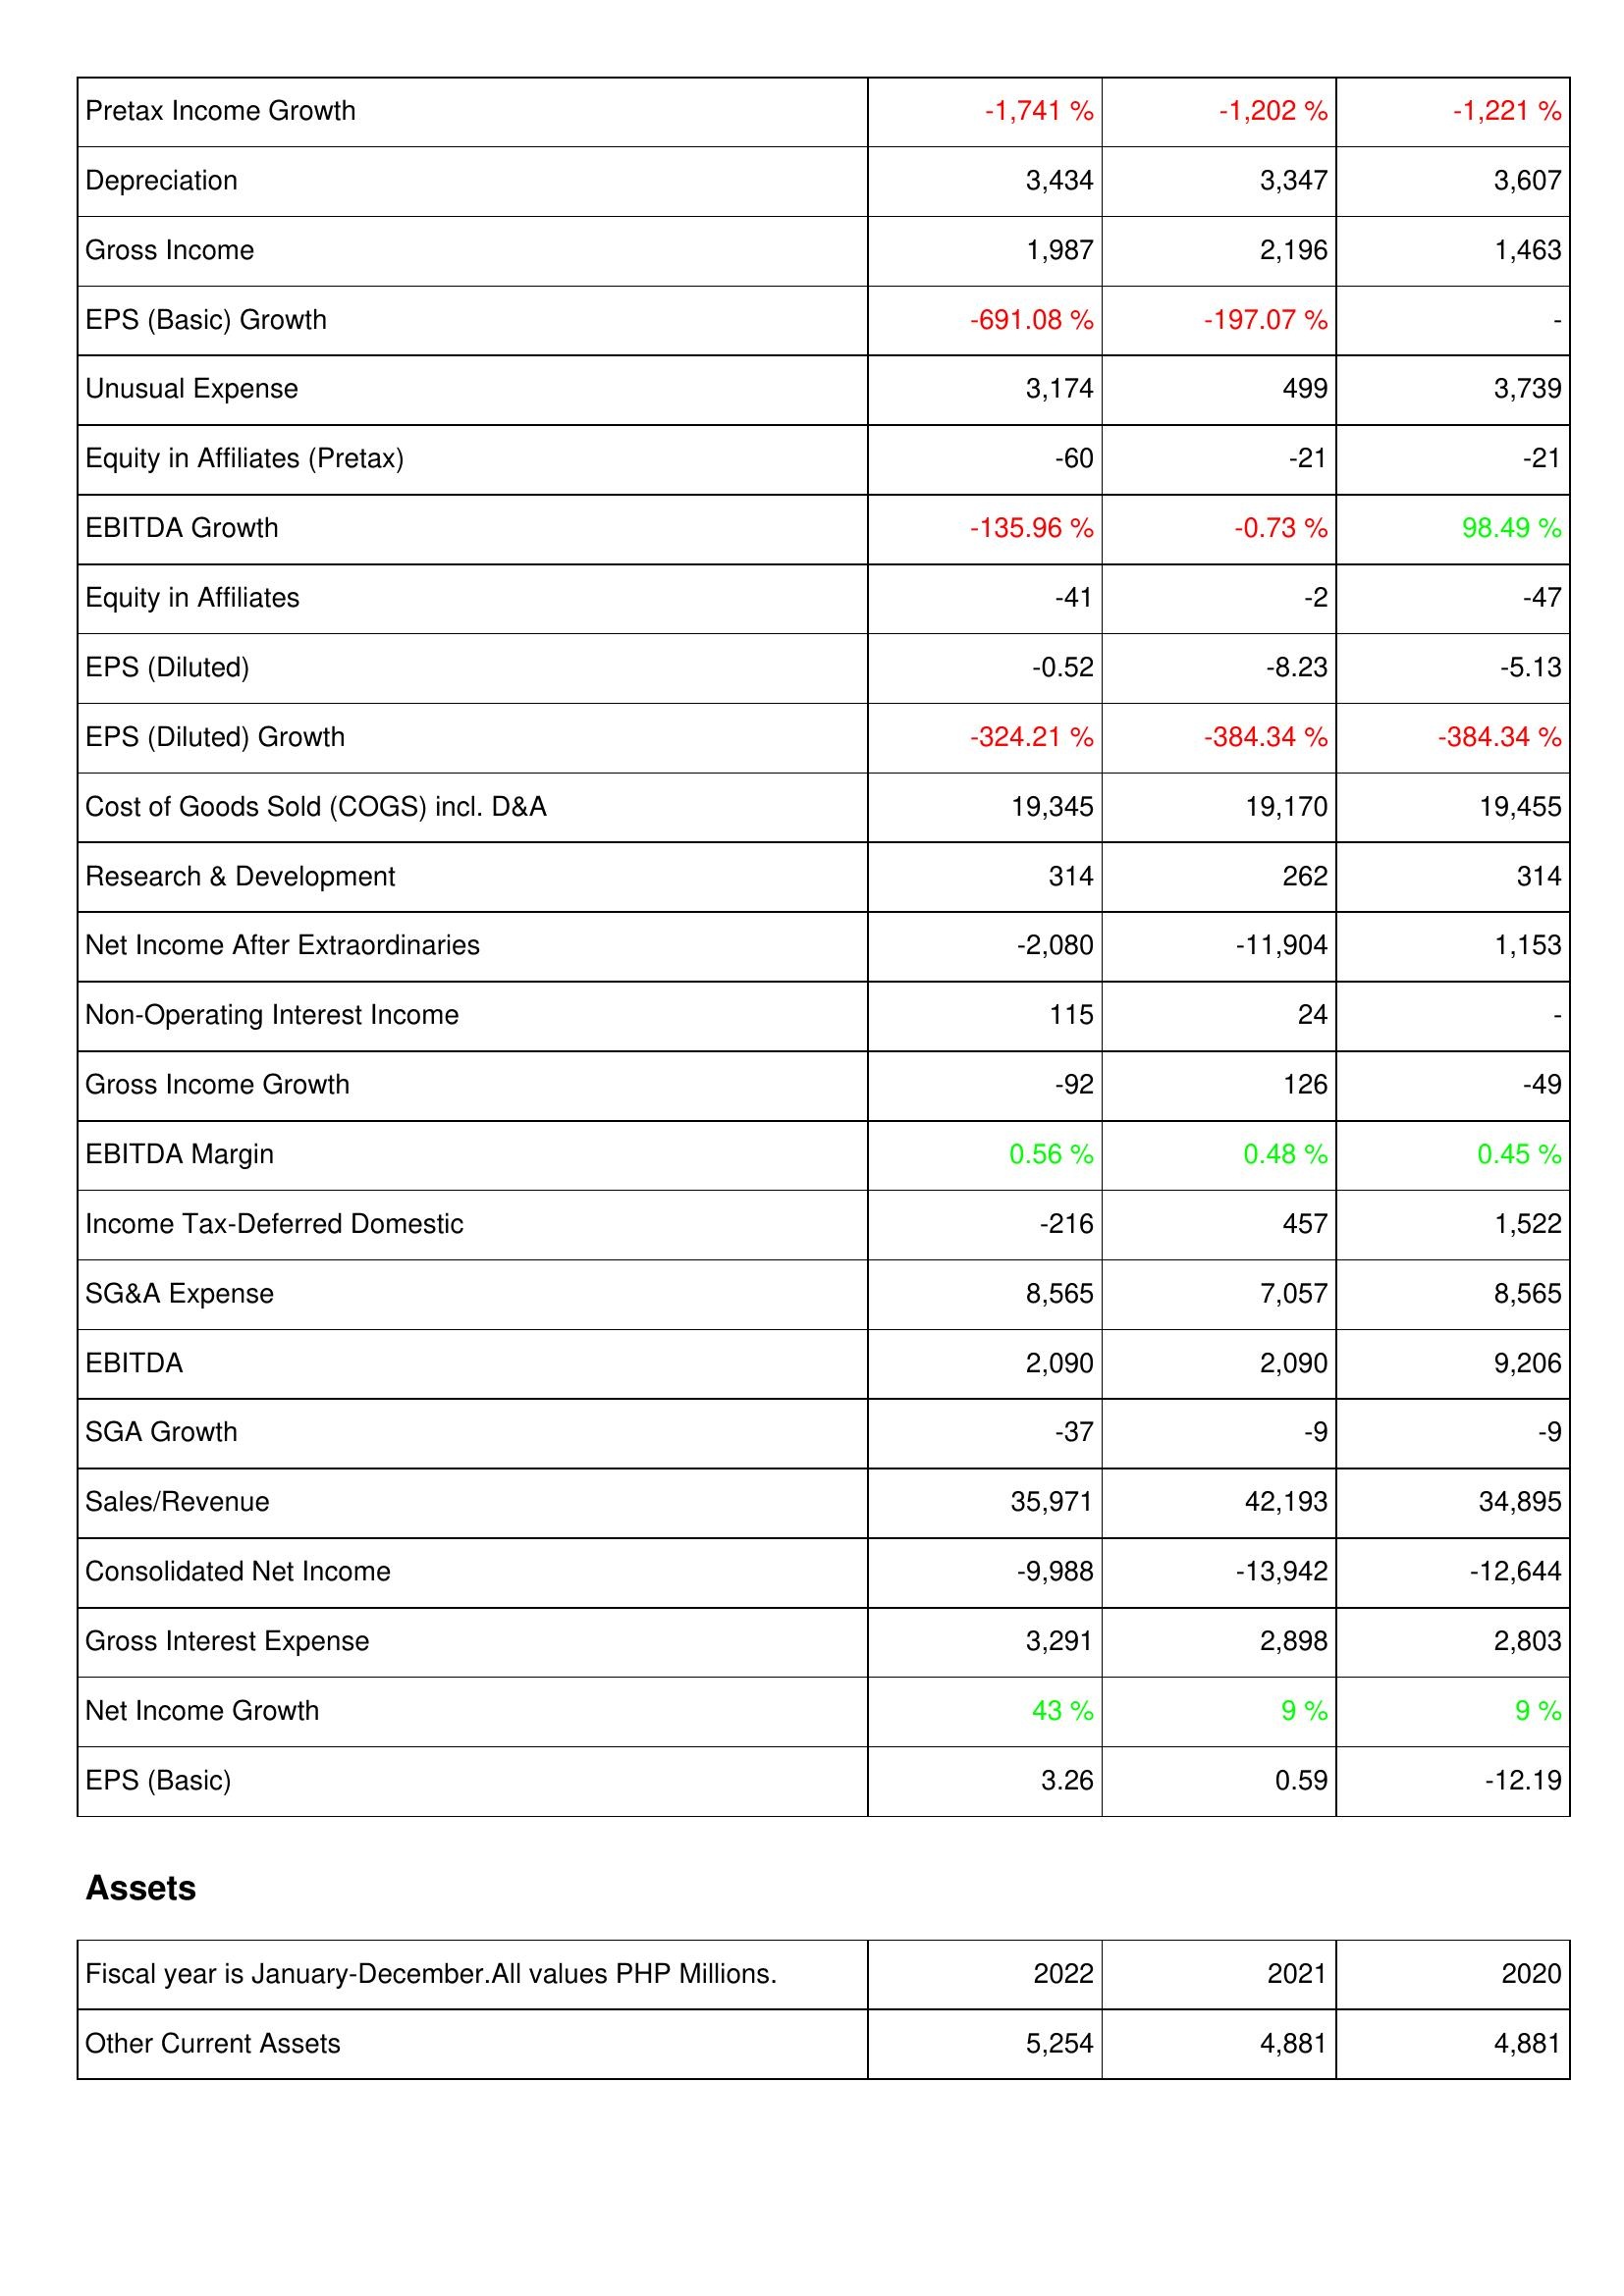
2022: Income Statement: Pretax Income Growth: -1,741 %
Depreciation: 3,434
Gross Income: 1,987
EPS (Basic) Growth: -691.08 %
Unusual Expense: 3,174
Equity in Affiliates (Pretax): -60
EBITDA Growth: -135.96 %
Equity in Affiliates: -41
EPS (Diluted): -0.52
EPS (Diluted) Growth: -324.21 %
Cost of Goods Sold (COGS) incl. D&A: 19,345
Research & Development: 314
Net Income After Extraordinaries: -2,080
Non-Operating Interest Income: 115
Gross Income Growth: -92
EBITDA Margin: 0.56 %
Income Tax-Deferred Domestic: -216
SG&A Expense: 8,565
EBITDA: 2,090
SGA Growth: -37
Sales/Revenue: 35,971
Consolidated Net Income: -9,988
Gross Interest Expense: 3,291
Net Income Growth: 43 %
EPS (Basic): 3.26
Assets: Other Current Assets: 5,254
2021: Income Statement: Pretax Income Growth: -1,202 %
Depreciation: 3,347
Gross Income: 2,196
EPS (Basic) Growth: -197.07 %
Unusual Expense: 499
Equity in Affiliates (Pretax): -21
EBITDA Growth: -0.73 %
Equity in Affiliates: -2
EPS (Diluted): -8.23
EPS (Diluted) Growth: -384.34 %
Cost of Goods Sold (COGS) incl. D&A: 19,170
Research & Development: 262
Net Income After Extraordinaries: -11,904
Non-Operating Interest Income: 24
Gross Income Growth: 126
EBITDA Margin: 0.48 %
Income Tax-Deferred Domestic: 457
SG&A Expense: 7,057
EBITDA: 2,090
SGA Growth: -9
Sales/Revenue: 42,193
Consolidated Net Income: -13,942
Gross Interest Expense: 2,898
Net Income Growth: 9 %
EPS (Basic): 0.59
Assets: Other Current Assets: 4,881
2020: Income Statement: Pretax Income Growth: -1,221 %
Depreciation: 3,607
Gross Income: 1,463
EPS (Basic) Growth: -
Unusual Expense: 3,739
Equity in Affiliates (Pretax): -21
EBITDA Growth: 98.49 %
Equity in Affiliates: -47
EPS (Diluted): -5.13
EPS (Diluted) Growth: -384.34 %
Cost of Goods Sold (COGS) incl. D&A: 19,455
Research & Development: 314
Net Income After Extraordinaries: 1,153
Non-Operating Interest Income: -
Gross Income Growth: -49
EBITDA Margin: 0.45 %
Income Tax-Deferred Domestic: 1,522
SG&A Expense: 8,565
EBITDA: 9,206
SGA Growth: -9
Sales/Revenue: 34,895
Consolidated Net Income: -12,644
Gross Interest Expense: 2,803
Net Income Growth: 9 %
EPS (Basic): -12.19
Assets: Other Current Assets: 4,881